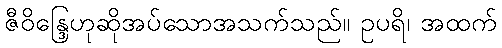
ဇီဝိန္ဒြေဟုဆိုအပ်သောအသက်သည်။ ဥပရိ၊ အထက်